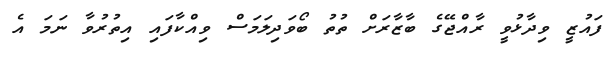
ފައުޒީ ވިދާޅުވީ ރާއްޖޭގެ ބާޒާރަށް ތުތު ބޯވަދިލަމަސް ވިއްކާފައި އިތުރުވާ ނަމަ އެ